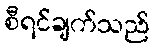
စီရင်ချက်သည်